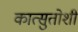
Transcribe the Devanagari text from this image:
कात्सुतोशी